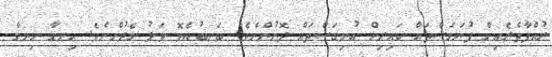
ރުއްފާތެރެއިން ފުނަގަސްތައް ކައިރިން އުނިގަސްތައް ދޮށުންނެވެ. ބަނބުކެޔޮ ވަލު މެދުންނެވެ. ހިނގާ ހިނގާ